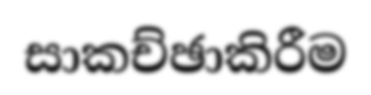
සාකච්ඡාකිරීම